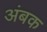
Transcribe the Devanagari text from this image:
अंबक